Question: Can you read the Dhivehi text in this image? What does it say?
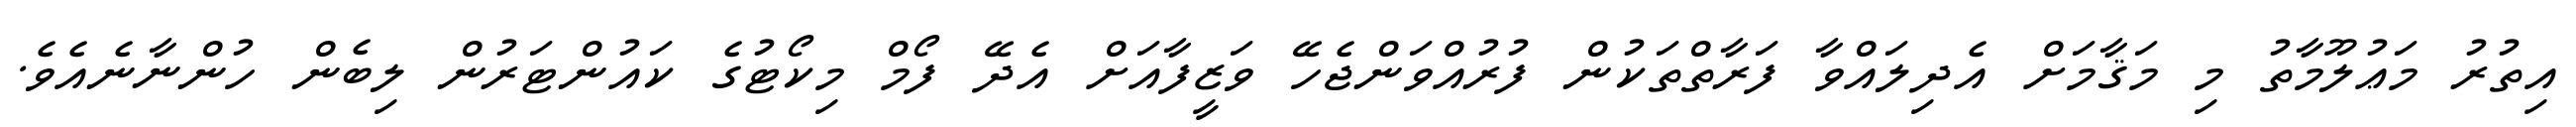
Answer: އިތުރު މަޢުލޫމާތު މި މަޤާމަށް އެދިލައްވާ ފަރާތްތަކުން ފުރުއްވަންޖެހޭ ވަޒީފާއަށް އެދޭ ފޯމް މިކޯޓުގެ ކައުންޓަރުން ލިބެން ހުންނާނެއެވެ.